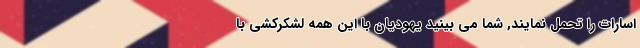
اسارات را تحمل نمایند, شما می بینید یهودیان با این همه لشکرکشی با